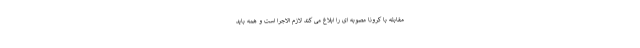
مقابله با کرونا مصوبه ای را ابلاغ می کند لازم الاجرا است و همه باید